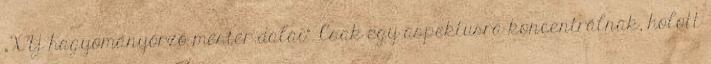
„XY hagyományőrző mester dalai”. Csak egy aspektusra koncentrálnak, holott